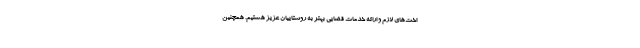
اخت‌های لازم و ارائه خدمات قضایی بهتر به روستاییان عزیز هستیم. همچنین